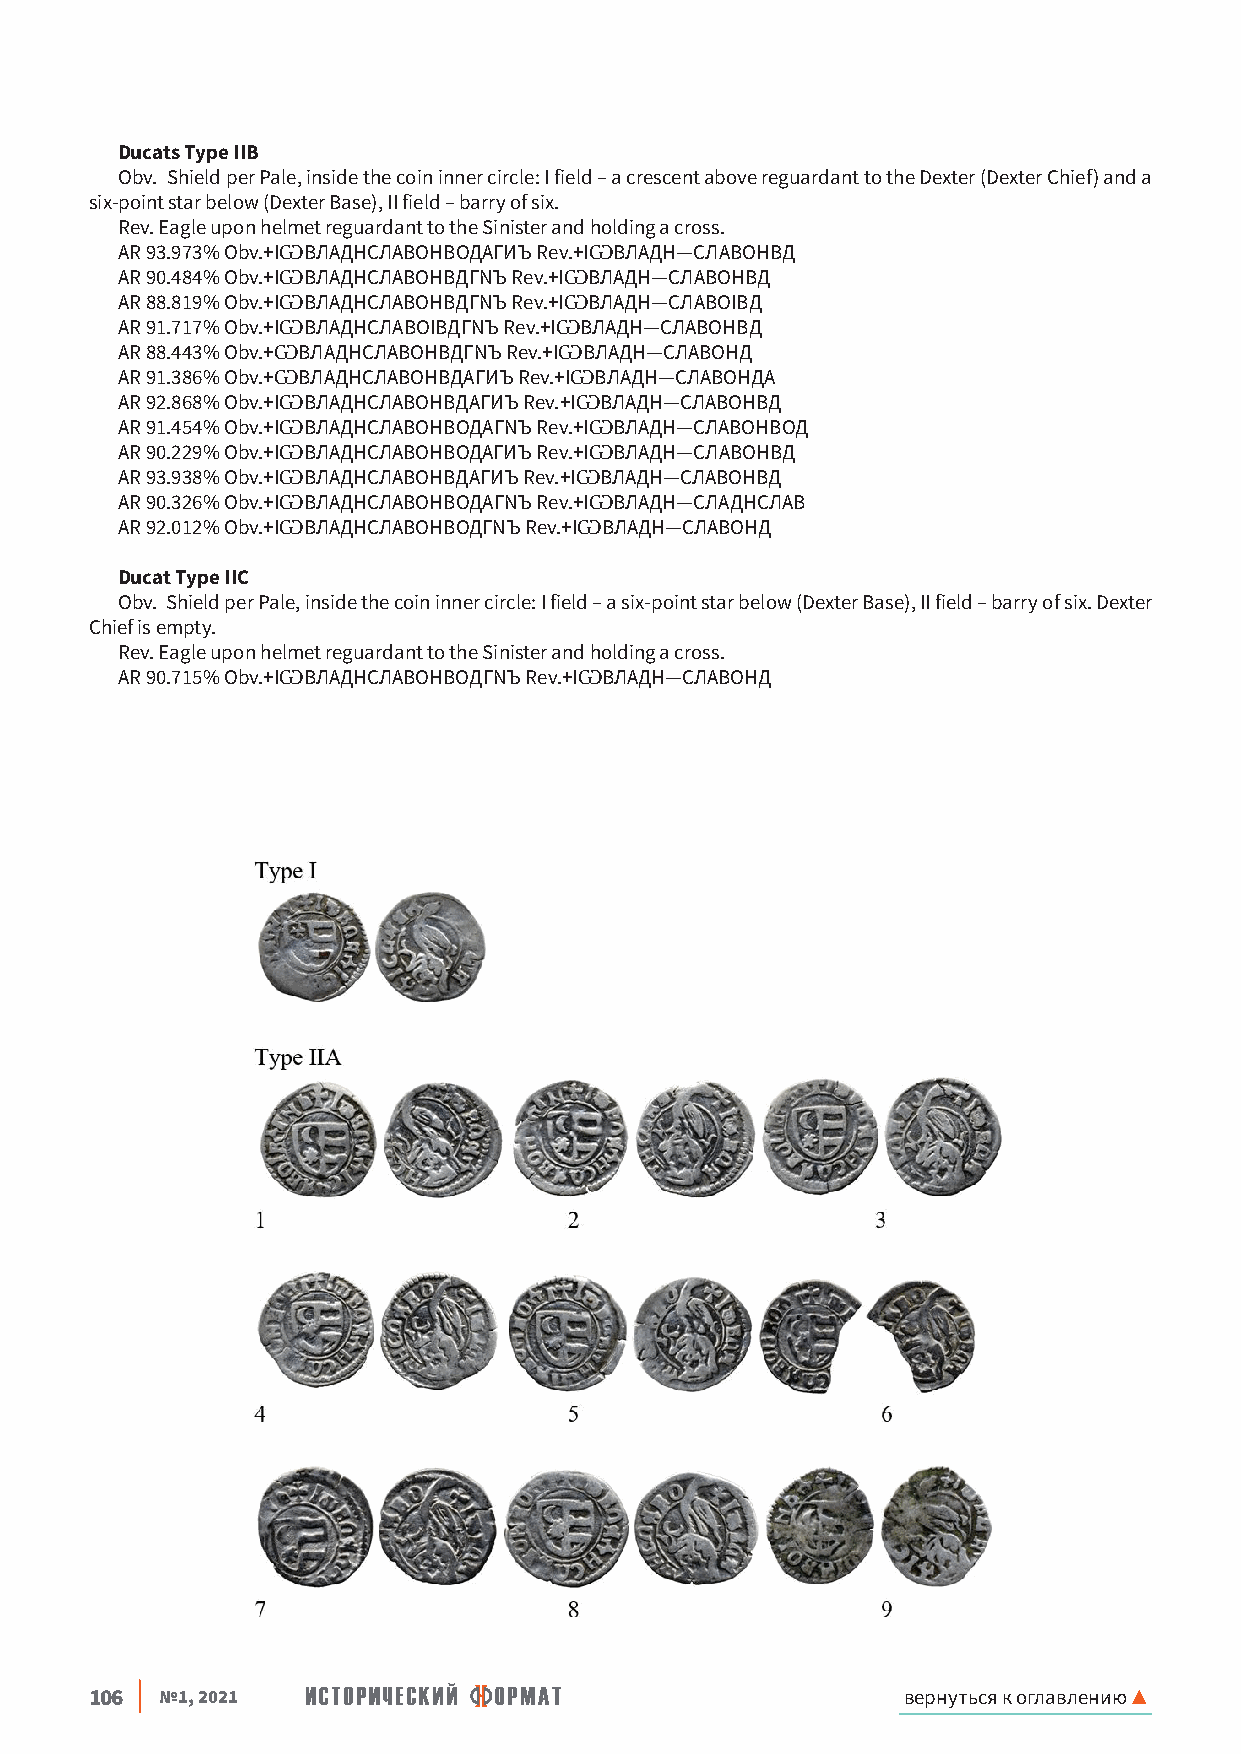
Ducats Type IIB
 Obv. Shield per Pale, inside the coin inner circle: I field – a crescent above reguardant to the Dexter (Dexter Chief) and a
 six-point star below (Dexter Base), II field – barry of six.
 Rev. Eagle upon helmet reguardant to the Sinister and holding a cross.
 AR 93.973% Obv.+IѠВЛАДНСЛАВОНВОДАГИЪ Rev.+IѠВЛАДН—СЛАВОНВД
 AR 90.484% Obv.+IѠВЛАДНСЛАВОНВДГNЪ Rev.+IѠВЛАДН—СЛАВОНВД
 AR 88.819% Obv.+IѠВЛАДНСЛАВОHВДГNЪ Rev.+IѠВЛАДН—СЛАВОIВД
 AR 91.717% Obv.+IѠВЛАДНСЛАВОIВДГNЪ Rev.+IѠВЛАДН—СЛАВОHВД
 AR 88.443% Obv.+ѠВЛАДНСЛАВОНВДГNЪ Rev.+IѠВЛАДН—СЛАВОHД
 AR 91.386% Obv.+ѠВЛАДНСЛАВОНВДАГИЪ Rev.+IѠВЛАДН—СЛАВОНДА
 AR 92.868% Obv.+IѠВЛАДНСЛАВОНВДАГИЪ Rev.+IѠВЛАДН—СЛАВОНВД
 AR 91.454% Obv.+IѠВЛАДНСЛАВОНВОДАГNЪ Rev.+IѠВЛАДН—СЛАВОНВОД
 AR 90.229% Obv.+IѠВЛАДНСЛАВОНВОДАГИЪ Rev.+IѠВЛАДН—СЛАВОНВД
 AR 93.938% Obv.+IѠВЛАДНСЛАВОНВДАГИЪ Rev.+IѠВЛАДН—СЛАВОНВД
 AR 90.326% Obv.+IѠВЛАДНСЛАВОНВОДАГNЪ Rev.+IѠВЛАДН—СЛАДНСЛАВ
 AR 92.012% Obv.+IѠВЛАДНСЛАВОНВОДГNЪ Rev.+IѠВЛАДН—СЛАВОНД
 Ducat Type IIC
 Obv. Shield per Pale, inside the coin inner circle: I field – a six-point star below (Dexter Base), II field – barry of six. Dexter
 Chief is empty.
 Rev. Eagle upon helmet reguardant to the Sinister and holding a cross.
 AR 90.715% Obv.+IѠВЛАДНСЛАВОHВOДГNЪ Rev.+IѠВЛАДН—СЛАВОHД
 106  №1, 2021                                         вернуться к оглавлению ▲